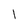
Character: 1